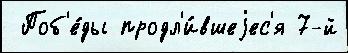
 Поб'е́ды продл'и́вшеjес'я 7-й